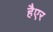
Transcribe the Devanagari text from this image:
हैएर